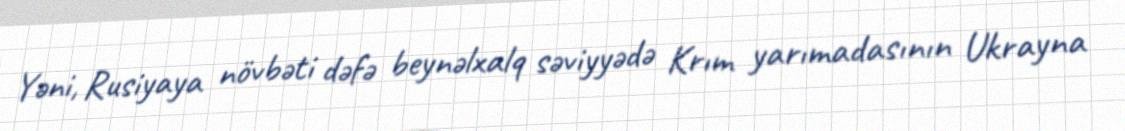
Yəni, Rusiyaya növbəti dəfə beynəlxalq səviyyədə Krım yarımadasının Ukrayna